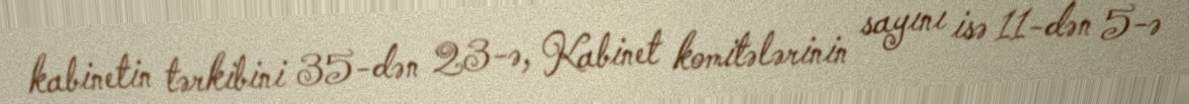
kabinetin tərkibini 35-dən 23-ə, Kabinet komitələrinin sayını isə 11-dən 5-ə